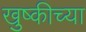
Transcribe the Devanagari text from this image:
खुष्कीच्या